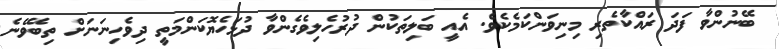
ބޭނުންވާ ފަދަ ރައްކާތެރި މިނިވަންކަމެކެވެ. އެއީ ބަލިތަކުން ދުރުހެލިވެގެންވާ ދުޅަހެޔޮކަންމަތީ ދިވެހިނަނަށް ތިބެވޭނެ